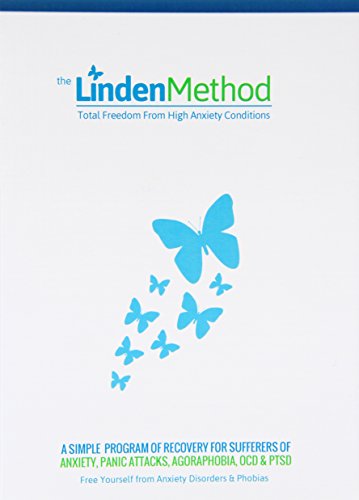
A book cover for The Linden Method: The Anxiety Disorder, Panic Attacks, OCD & Agoraphobia Elimination Solution; Charles Linden; Health, Fitness & Dieting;